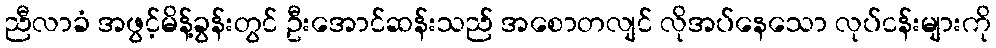
ညီလာခံ အဖွင့်မိန့်ခွန်းတွင် ဦးအောင်ဆန်းသည် အစောတလျင် လိုအပ်နေသော လုပ်ငန်းများကို